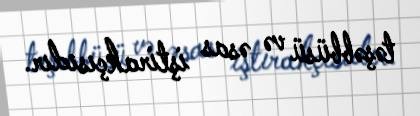
təşəbbüsü və əsas iştirakçısıdır.